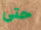
حتى